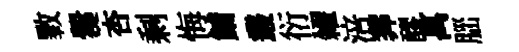
斁爨杏剩悔鯆叢衍糴涪莾醪萬𦛁